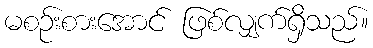
မစဉ်းစားအောင် ဖြစ်လျှက်ရှိသည်။